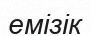
емізік